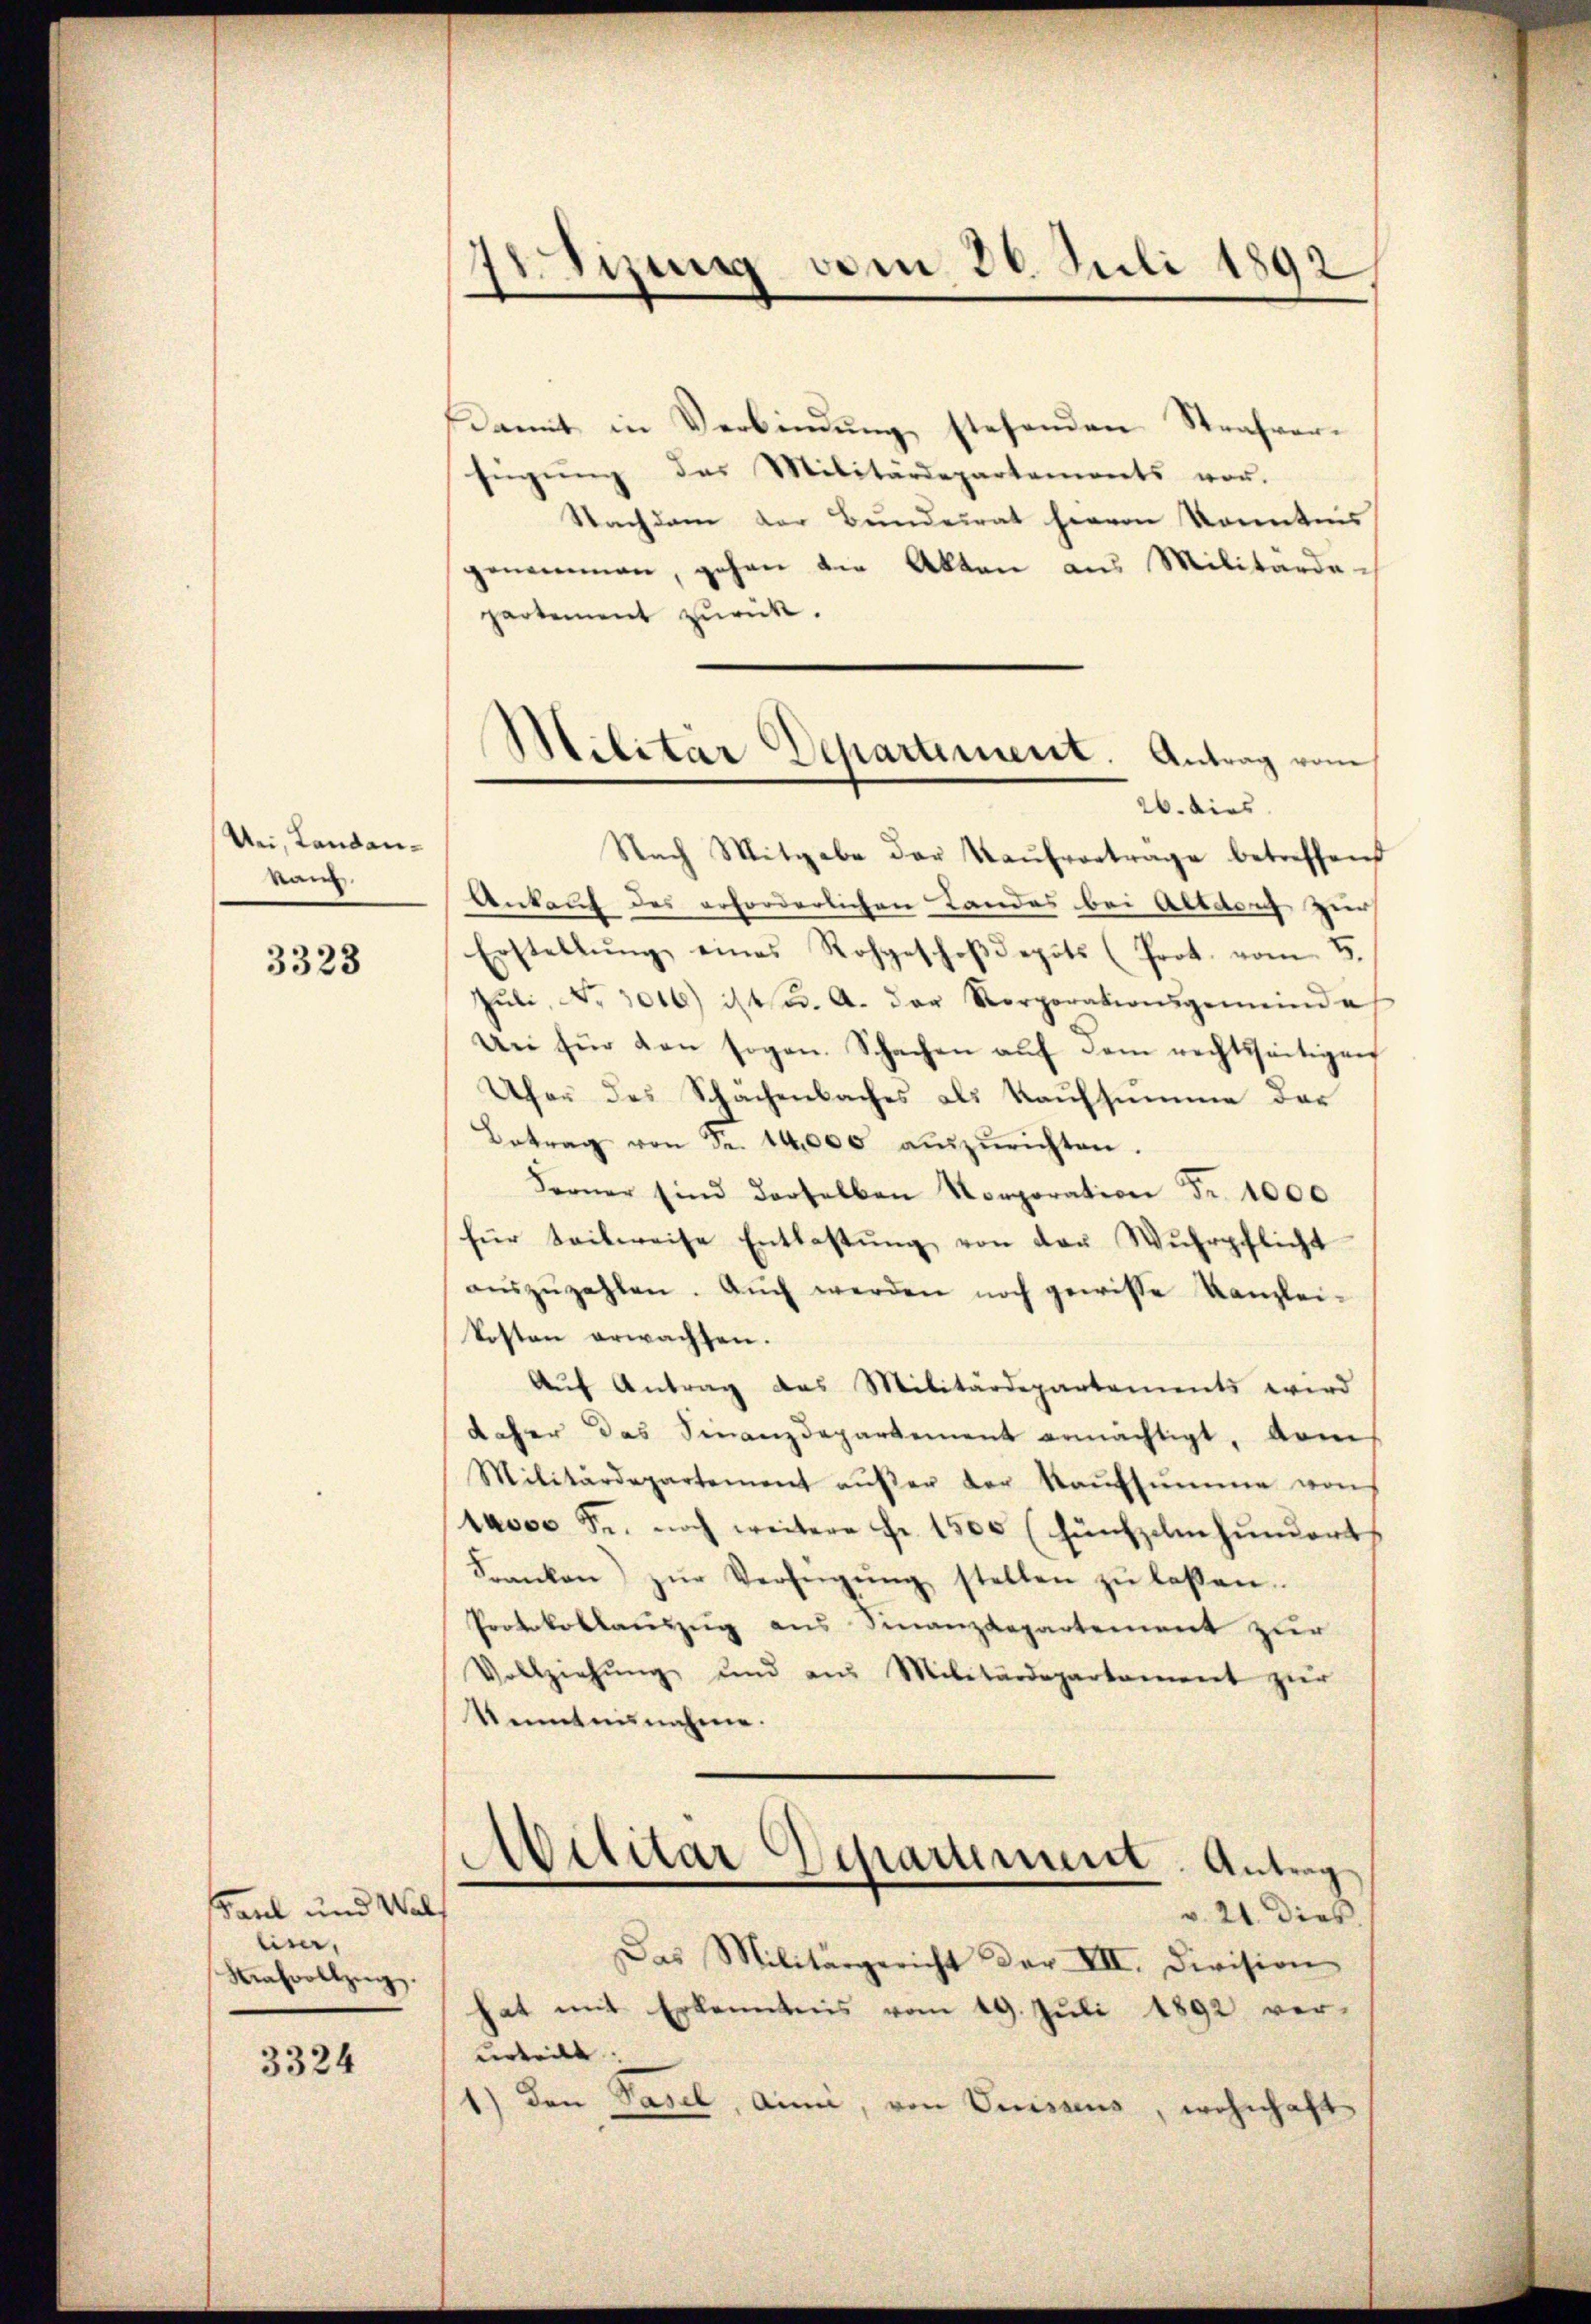
Uri, Landankam.

3323

Paul und Wal
liser,
Nahvollzŭg.

3324

dizung vom 26. Juli 1892
n

Damit in Verbindung stehenden Strafverfügŭng das Militärdepartements vor.
Nachdem der Bundesrat hervon Kenntnis
genommen, gehen die Akten aus Militärdepartement zurück.
26. dies
Nach Mitgabe der Kaŭfvertrage betreffend
Ankauf des erforderlichen Landes bei Altdorf zur
Erstellŭng eines Rohgeschoβdepots (Prot. vom 5.
Jŭli, Nr. 3006) ist. A. der Korporationsgemeinde
Uni für den sogan. Schachen aŭf dem rechtsseitigen
Ufer des Schächenbaches als Kaufsumme der
Betrag von Fr. 14,000 aŭszŭrichten.
Ferner sind derselben Korporation Fr. 1000
für teilweise Entlastŭng von der Wuhrpflicht
aŭszŭzahlen. Aŭch werden noch gewisse Kanzlei-
kosten erwachten.
Aŭf Antrag des Militärdepartements wird
daher das Finanzdepartement ermächtigt, vom
Militärdepartement aŭβer der Kaŭfsŭmme von
tuose Fr. noch weitere Fr. 1500 (hünfzehnhundert
Franken zŭr Verfügŭng stellen zŭ lassen.
Protokollauszug aus Finanzdepartement zur
Vollziehŭng und aus Militärdepartement zur
tientnisnahme.

Militar Departement. Antrag vom

Abilitar Departement. Antrag
v. 21. dies

Das Militärgericht der VII. Division
hat mit Erkenntnis vom 19. Juli 1892 ver-
urteilt. |
1) den Pasel, Anni, von Suissens, wohnhaft